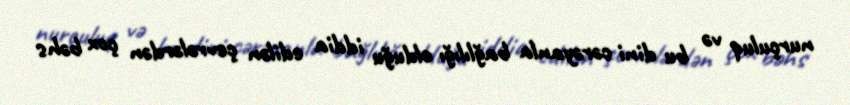
nurçuluq və bu dini cərəyanla bağlılığı olduğu iddia edilən çevrələrdən çox bəhs